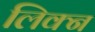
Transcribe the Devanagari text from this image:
लिक्न